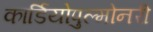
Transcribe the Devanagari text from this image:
कार्डियोपुल्मोनरी